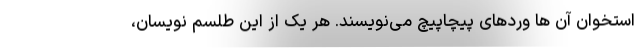
استخوان آن ها وردهای پیچاپیچ می‌نویسند. هر یک از این طلسم نویسان،